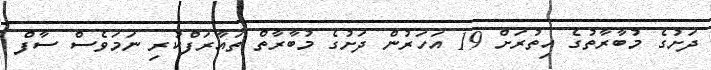
ދަށުގެ މުބާރާތުގެ އިތުރަށް 19 އަހަރުން ދަށުގެ މުބާރާތް ތައާރަފްކުރި ނަމަވެސް ސާފް